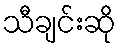
သီချင်းဆို